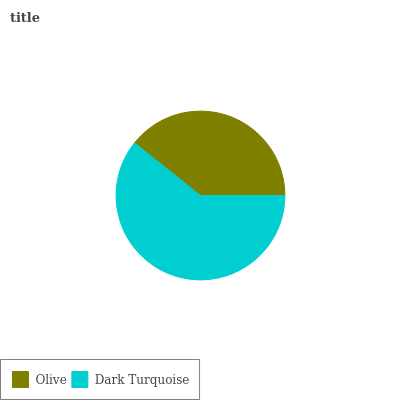
| Olive | Dark Turquoise |
 | --- | --- |
 | 39.3% | 60.7% |